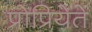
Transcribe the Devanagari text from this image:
प्रोप्रियेते